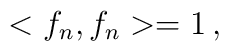
<f_n,f_n> = 1 \, ,